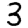
Digit: 3